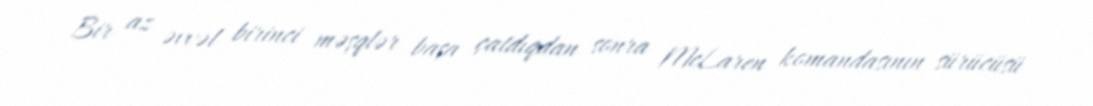
Bir az əvvəl birinci məşqlər başa çatdıqdan sonra McLaren komandasının sürücüsü